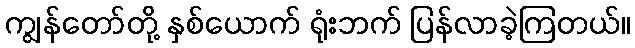
ကျွန်တော်တို့ နှစ်ယောက် ရုံးဘက် ပြန်လာခဲ့ကြတယ်။